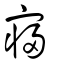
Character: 寑